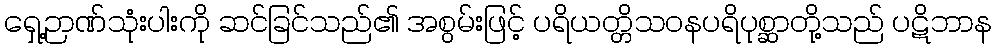
ရှေ့ဉာဏ်သုံးပါးကို ဆင်ခြင်သည်၏ အစွမ်းဖြင့် ပရိယတ္တိသဝနပရိပုစ္ဆာတို့သည် ပဋိဘာန